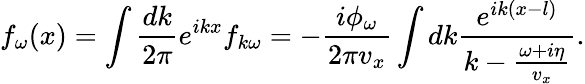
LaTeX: f_{\omega}(x)=\int\frac{dk}{2\pi}e^{ikx}f_{k\omega}=-\frac{i\phi_{\omega}}{2\pi v_{x}}\int dk\frac{e^{ik(x-l)}}{k-\frac{\omega+i\eta}{v_{x}}}.